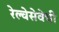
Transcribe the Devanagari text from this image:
रेल्वेसेवेची